Vaccination North-Western Provinces and Oudh 1878-1895 - 1878-1895
Year: 1878
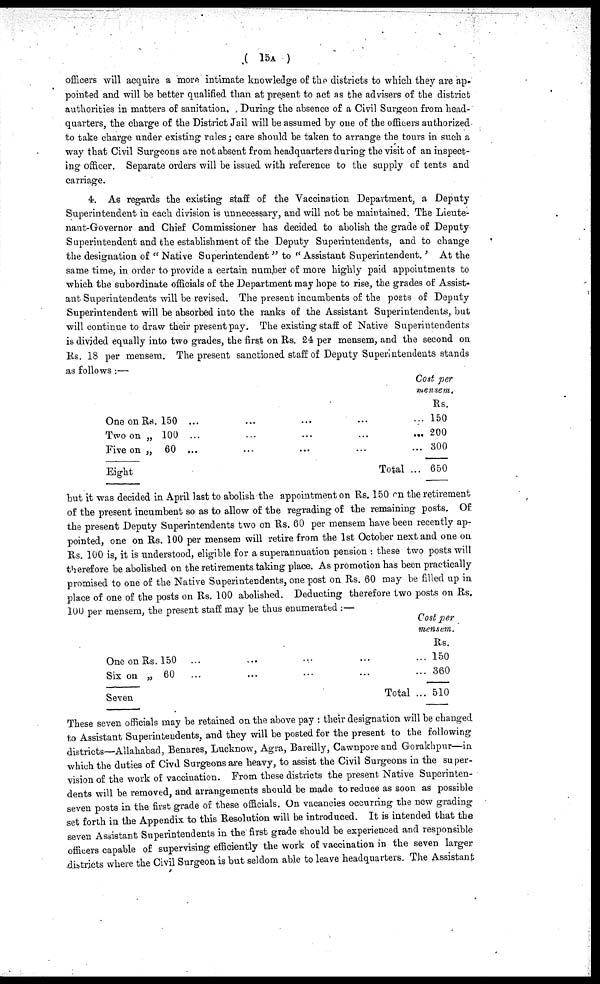
( 15A )
officers will acquire a more intimate knowledge of the districts to which they are ap-
pointed and will be better qualified than at present to act as the advisers of the district
authorities in matters of sanitation. , During the absence of a Civil Surgeon from head-
quarters, the charge of the District Jail will be assumed by one of the officers authorized
to take charge under existing rules; care should be taken to arrange the tours in such a
way that Civil Surgeons are not absent from headquarters during the visit of an inspect-
ing officer. Separate orders will be issued with reference to the supply of tents and
carriage.
4. As regards the existing staff of the Vaccination Department, a Deputy
Superintendent in each division is unnecessary, and will not be maintained. The Lieute-
nant-Governor and Chief Commissioner has decided to abolish the grade of Deputy
Superintendent and the establishment of the Deputy Superintendents, and to change
the designation of " Native Superintendent " to " Assistant Superintendent.' At the
same time, in order to provide a certain number of more highly paid appointments to
which the subordinate officials of the Department may hope to rise, the grades of Assist-
ant Superintendents will be revised. The present incumbents of the posts of Deputy
Superintendent will be absorbed into the ranks of the Assistant Superintendents, but
will continue to draw their present pay. The existing staff of Native Superintendents
is divided equally into two grades, the first on Rs. 24 per mensem, and the second on
Rs. 18 per mensem. The present sanctioned staff of Deputy Superintendents stands
as follows :—
One on Rs. 150 ...
...
... ...
Two on „ 100 ...
...
... ...
Five on „ 60 ...
... ...
Eight
Cost per
mensem.
Rs.
150
200
300
Total ... 650
but it was decided in April last to abolish the appointment on Rs. 150 on the retirement
of the present incumbent so as to allow of the regrading of the remaining posts. Of
the present Deputy Superintendents two on Rs. 60 per mensem have been recently ap-
pointed, one on Rs. 100 per mensem will retire from the 1st October next and one on
Rs. 100 is, it is understood, eligible for a superannuation pension : these two posts will
therefore be abolished on the retirements taking place. As promotion has been practically
promised to one of the Native Superintendents, one post on Rs. 60 may be filled up in
place of one of the posts on Rs. 100 abolished. Deducting therefore two posts on Rs.
100 per mensem, the present staff may be thus enumerated :—
One on Rs. 150 ... ... ... ...
Six on „ 60 ... ... ... ...
Seven
Cost per
mensem.
Rs.
... 150
... 360
Total ... 510
These seven officials may be retained on the above pay : their designation will be changed
to Assistant Superintendents, and they will be posted for the present to the following
districts—Allahabad, Benares, Lucknow, Agra, Bareilly, Cawnpore and Gorakhpur—in
which the duties of Civil Surgeons are heavy, to assist the Civil Surgeons in the super-
vision of the work of vaccination. From these districts the present Native Superinten-
dents will be removed, and arrangements should be made to reduce as soon as possible
seven posts in the first grade of these officials. On vacancies occurring the new grading
set forth in the Appendix to this Resolution will be introduced. It is intended that the
seven Assistant Superintendents in the first grade should be experienced and responsible
officers capable of supervising efficiently the work of vaccination in the seven larger
districts where the Civil Surgeon is but seldom able to leave headquarters. The Assistant